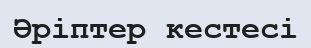
Әріптер кестесі